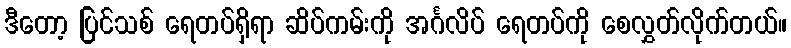
ဒီတော့ ပြင်သစ် ရေတပ်ရှိရာ ဆိပ်ကမ်းကို အင်္ဂလိပ် ရေတပ်ကို စေလွှတ်လိုက်တယ်။